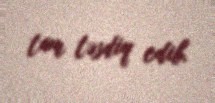
tam təsdiq edib.